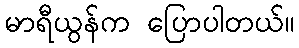
မာရီယွန်က ပြောပါတယ်။